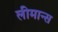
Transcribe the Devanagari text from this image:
लीमान्स